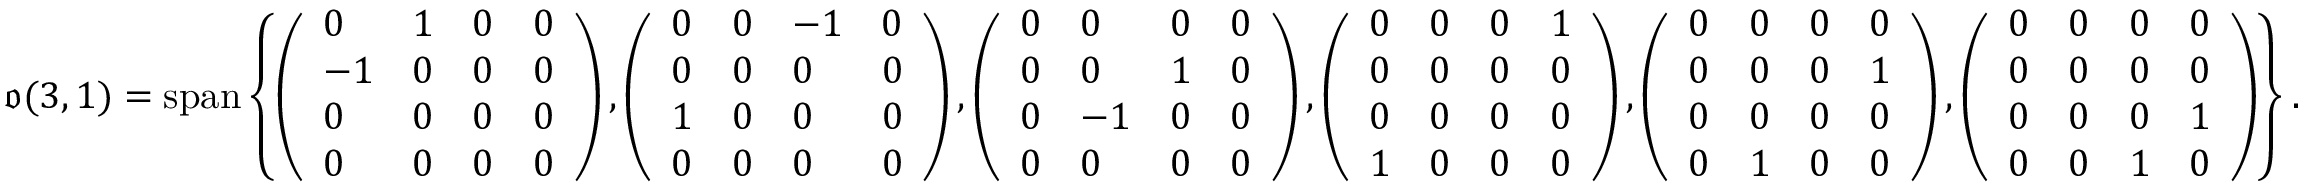
{ \mathfrak { o } } ( 3 , 1 ) = \mathrm { s p a n } \left\{ \left( { \begin{array} { l l l l } { 0 } & { 1 } & { 0 } & { 0 } \\ { - 1 } & { 0 } & { 0 } & { 0 } \\ { 0 } & { 0 } & { 0 } & { 0 } \\ { 0 } & { 0 } & { 0 } & { 0 } \end{array} } \right) , \left( { \begin{array} { l l l l } { 0 } & { 0 } & { - 1 } & { 0 } \\ { 0 } & { 0 } & { 0 } & { 0 } \\ { 1 } & { 0 } & { 0 } & { 0 } \\ { 0 } & { 0 } & { 0 } & { 0 } \end{array} } \right) , \left( { \begin{array} { l l l l } { 0 } & { 0 } & { 0 } & { 0 } \\ { 0 } & { 0 } & { 1 } & { 0 } \\ { 0 } & { - 1 } & { 0 } & { 0 } \\ { 0 } & { 0 } & { 0 } & { 0 } \end{array} } \right) , \left( { \begin{array} { l l l l } { 0 } & { 0 } & { 0 } & { 1 } \\ { 0 } & { 0 } & { 0 } & { 0 } \\ { 0 } & { 0 } & { 0 } & { 0 } \\ { 1 } & { 0 } & { 0 } & { 0 } \end{array} } \right) , \left( { \begin{array} { l l l l } { 0 } & { 0 } & { 0 } & { 0 } \\ { 0 } & { 0 } & { 0 } & { 1 } \\ { 0 } & { 0 } & { 0 } & { 0 } \\ { 0 } & { 1 } & { 0 } & { 0 } \end{array} } \right) , \left( { \begin{array} { l l l l } { 0 } & { 0 } & { 0 } & { 0 } \\ { 0 } & { 0 } & { 0 } & { 0 } \\ { 0 } & { 0 } & { 0 } & { 1 } \\ { 0 } & { 0 } & { 1 } & { 0 } \end{array} } \right) \right\} .